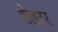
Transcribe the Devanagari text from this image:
शेलटर